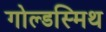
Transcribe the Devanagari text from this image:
गोल्‍डस्‍मिथ